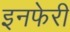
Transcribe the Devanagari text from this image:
इनफेरी